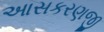
આસકરણજી